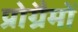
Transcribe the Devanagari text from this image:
प्रोग्रैमों